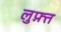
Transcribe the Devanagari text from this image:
लुफ़्त